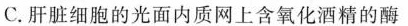
C.肝脏细胞的光面内质网上含氧化酒精的酶